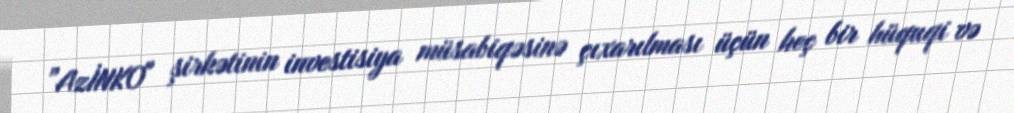
”AzİNKO" şirkətinin investisiya müsabiqəsinə çıxarılması üçün heç bir hüquqi və